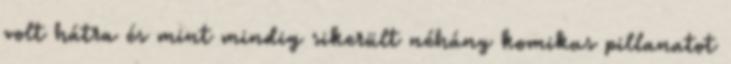
volt hátra és mint mindig sikerült néhány komikus pillanatot